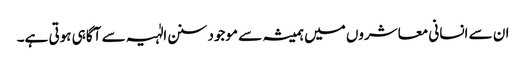
ان سے انسانی معاشروں میں ہمیشہ سے موجود سنن الٰہیہ سے آگاہی ہوتی ہے۔